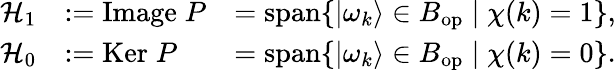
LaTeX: {\begin{array}{rlr}{{\mathcal{H}}_{1}}&{:={\mathrm}\; P}&{=\operatorname{span}\{ |\omega_{k}\rangle\in B_{\mathrm{op}}\; |\; \chi(k)=1\} ,}\\ {{\mathcal{H}}_{0}}&{:={\mathrm{Ker}}\; P}&{=\operatorname{span}\{ |\omega_{k}\rangle\in B_{\mathrm{op}}\; |\; \chi(k)=0\} .}\end{array}}